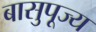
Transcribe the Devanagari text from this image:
बासुपूज्य